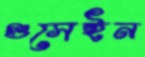
গুসেইন